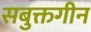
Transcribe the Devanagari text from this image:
सबुक्तगीन